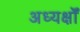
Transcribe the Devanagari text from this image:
अध्यक्षोँ